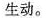
生动。